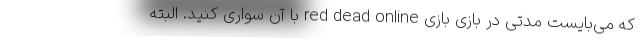
که می‌بایست مدتی در بازی بازی red dead online با آن سواری کنید. البته